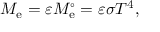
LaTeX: M _ { \mathrm { e } } = \varepsilon M _ { \mathrm { e } } ^ { \circ } = \varepsilon \sigma T ^ { 4 } ,